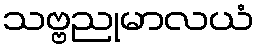
သဗ္ဗညုမာလယံ